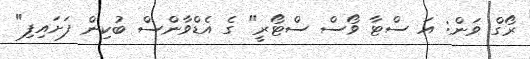
ރޯގް ވަން: އަ ސްޓާ ވޯސް ސްޓޯރީ" ގެ އެޑްވާންސް ބުކިން ފަށައިފި"